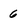
Character: 6